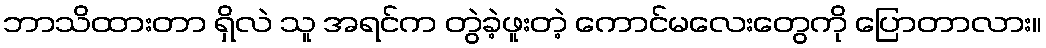
ဘာသိထားတာ ရှိလဲ သူ အရင်က တွဲခဲ့ဖူးတဲ့ ကောင်မလေးတွေကို ပြောတာလား။